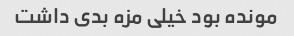
مونده بود خیلی مزه بدی داشت